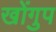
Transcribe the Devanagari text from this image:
खोंगुप